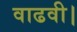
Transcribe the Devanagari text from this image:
वाढवी।